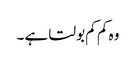
وہ کم کم بولتا ہے ۔